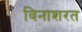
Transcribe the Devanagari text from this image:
विनाशरत